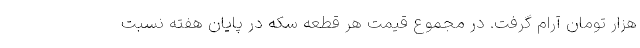
هزار تومان آرام گرفت. در مجموع قیمت هر قطعه سکه در پایان هفته نسبت